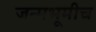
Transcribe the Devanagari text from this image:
जन्मभूमीच